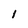
Character: l